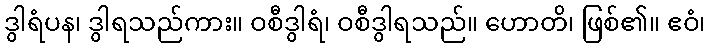
ဒွါရံပန၊ ဒွါရသည်ကား။ ဝစီဒွါရံ၊ ဝစီဒွါရသည်။ ဟောတိ၊ ဖြစ်၏။ ဧဝံ၊